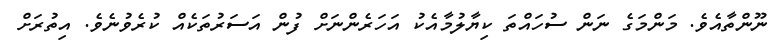
ނޫންތާއެވެ. މަންމަގެ ނަން ސުހައްތަ ކިޔާލުމާއެކު އަހަރެންނަށް ފުން އަސަރުތަކެއް ކުރެވުނެވެ. އިތުރަށް